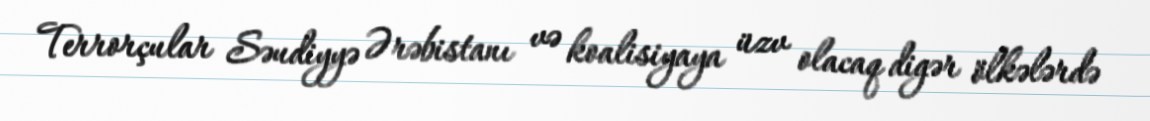
Terrorçular Səudiyyə Ərəbistanı və koalisiyaya üzv olacaq digər ölkələrdə